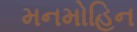
મનમોહિન